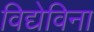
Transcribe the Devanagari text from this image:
विद्येविना